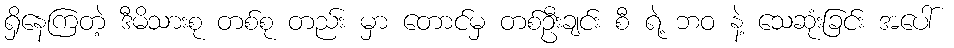
ရှိနေကြတဲ့ ဒီမိသားစု တစ်စု တည်း မှာ တောင်မှ တစ်ဦးချင်း စီ ရဲ့ ဘဝ နဲ့ သေဆုံးခြင်း အပေါ်